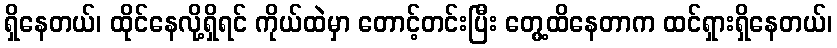
ရှိနေတယ်၊ ထိုင်နေလို့ရှိရင် ကိုယ်ထဲမှာ တောင့်တင်းပြီး တွေ့ထိနေတာက ထင်ရှားရှိနေတယ်၊